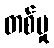
တစ်မှု